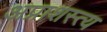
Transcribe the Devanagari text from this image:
अप्राशस्त्य